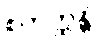
စတုတ္ထန္တိ